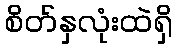
စိတ်နှလုံးထဲရှိ